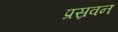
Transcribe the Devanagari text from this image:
प्रस्रवन